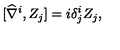
[ \widehat { \nabla } ^ { i } , Z _ { j } ] = i \delta _ { j } ^ { i } Z _ { j } ,